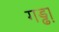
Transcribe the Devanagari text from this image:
गड्ढा़